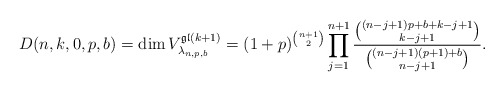
\begin{gather*}D(n,k,0,p,b)= \dim V_{\lambda_{n,p,b}}^{\mathfrak{gl}(k+1)}=(1+p)^{{n+1 \choose 2}} \prod_{j=1}^{n+1} {{(n-j+1)p+b+k-j+1 \choose k-j+1}\over {(n-j+1)(p+1)+b \choose n-j+1}} .\end{gather*}